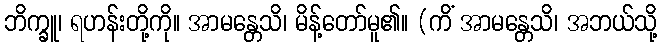
ဘိက္ခူ၊ ရဟန်းတို့ကို။ အာမန္တေသိ၊ မိန့်တော်မူ၏။ (ကိံ အာမန္တေသိ၊ အဘယ်သို့